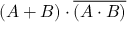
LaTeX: ( A + B ) \cdot { \overline { { ( A \cdot B ) } } }